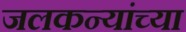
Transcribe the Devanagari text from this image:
जलकन्यांच्या